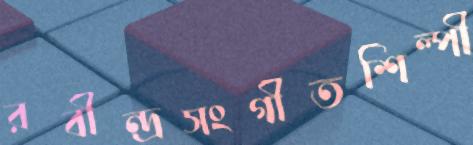
রবীন্দ্রসংগীতশিল্পী